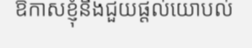
ឱកាសខ្ញុំនឹងជួយផ្តល់យោបល់